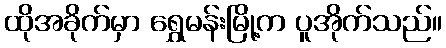
ထိုအခိုက်မှာ ရွှေမန်းမြို့က ပူအိုက်သည်။